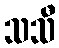
သသီ